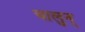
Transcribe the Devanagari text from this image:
चालुन्